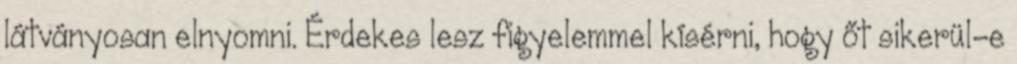
látványosan elnyomni. Érdekes lesz figyelemmel kísérni, hogy őt sikerül-e